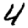
Digit: 4